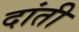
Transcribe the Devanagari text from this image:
दांती